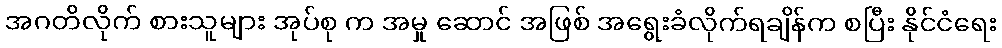
အဂတိလိုက် စားသူများ အုပ်စု က အမှု ဆောင် အဖြစ် အရွေးခံလိုက်ရချိန်က စပြီး နိုင်ငံရေး